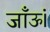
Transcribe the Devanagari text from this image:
जाँऊं।